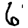
Digit: 6